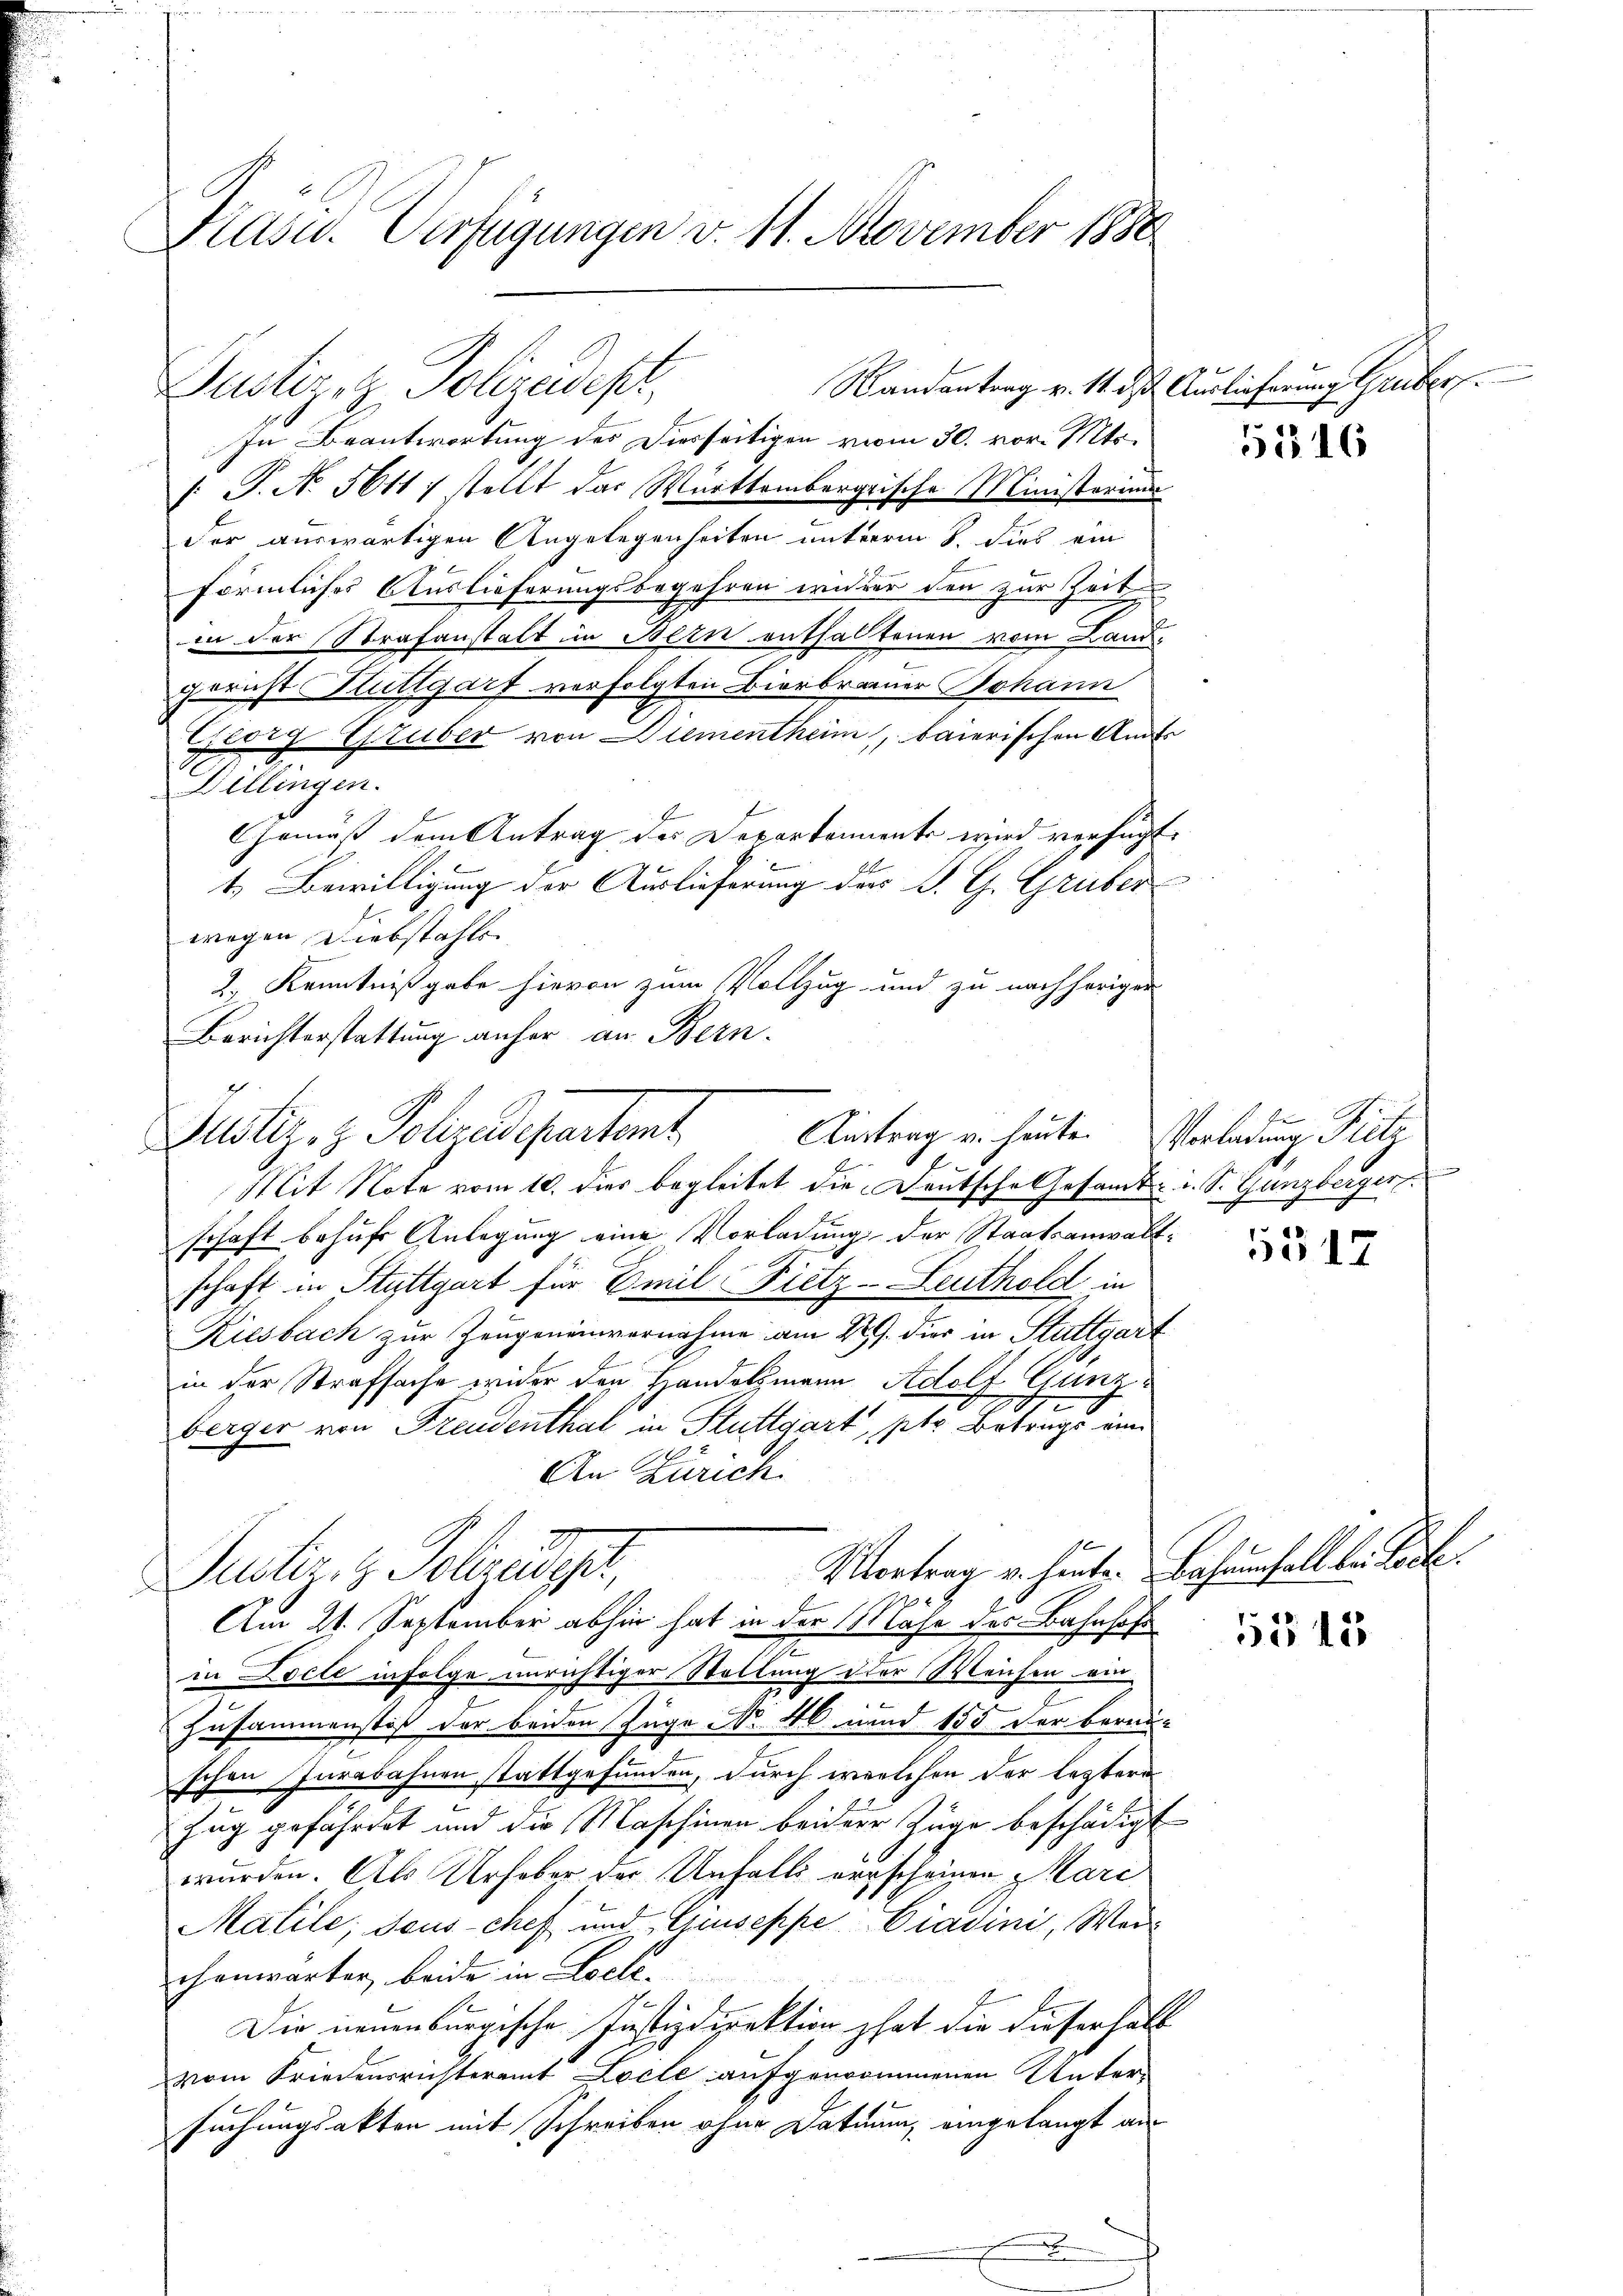
Kasu. Verfügungen v. 11. November 1888

Randantrag v. 14. ds Auslieferung Gruber
In Beantwortung des Diesseitigen vom 30. vor. Mts.
: P. No 5611) stellt das Württembergrische Ministerim
der auswärtigen Angelegenheiten unterm 8. dies ein
förmliches Auslieferungsbegehren wieder den zur Zeit
in der Strafanstalt im Bern enthaltenen vom Landgericht Stuttgart verfolgten Bierbrauer Johann
Georg Gruber von Diementheim, baierischen Ant¬
Billingen.
Gemäß dem Antrag des Departemente wird, verfügt
t. Bewilligung der Auslieferung der S. G. Gruber
wegen Diebstahls
2., Kenntnißgabe hievon zum Vollzug und zu nachheriger
Berichterstattung anher an Bern.
g
Mit Note vom 10. dies begleitet die Deutsche Gesamt- u. S. Ganzberger
schaft behufs Anlegung eine Vorladung der Staatsanwalt¬
Ght.
schaft in Stuttgart für Emil Bretz-Leuthold in
Riesbach zur Zeugeneinvernahme am 22. der in Stuttgart
in der Strafsache wider den Handelsmann Adolf Gunz
.
2.
e
berger von Freudenthal in Stuttgart, ptr. Betrags eine
An Zürich.
Mortrag v. hinte. Bahrenfall bei Tode
Justiz- & Polizeidept,
Am 21. September abhin hat in der Nähe der Bahnhof
in Locle infolge unrichtiger Wollung der Weichen ein
2
Zusammenstoß der beiden Zuge No 46 und 155 der berei-
schen Iurebahnen stattgefunden, durch welchen der leztern
.
Zug gefährdet und die Maschinen beiderer Züge beschädigt
wurden. Als Urheber der Unfalls erscheinen Mari
Matile, sous chef und Giuseppe Ciadini, Weichenwärter, beide in Loele.
Die neuenburgische Justizdirektion hat die dieserhalt
vom Friedensrichteramt Loche aufgenommenen Unter-
suchungsakten mit Schreiben ohne Datuum, eingelangt an
.

Justige Polizeidept

ustiz- & Polizadepartamt
Austrag u. heute. Vorladung Fetz

u
.
u

5516

be

5517

5545